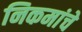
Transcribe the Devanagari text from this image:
निकमांचे